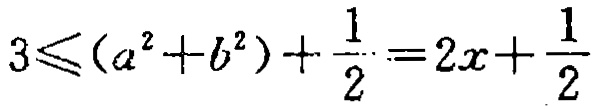
\(3\leqslant(a^{2}+b^{2})+\frac{1}{2}=2x+\frac{1}{2}\)